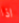
اذا